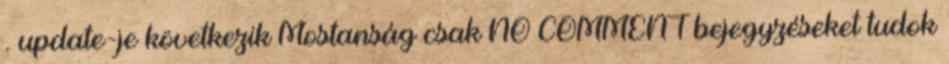
. update-je következik Mostanság csak NO COMMENT bejegyzéseket tudok